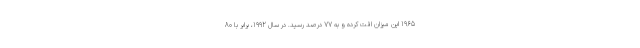
1965 این میزان افت کرده و به 77 درصد رسید. در سال 1992، برابر با 80